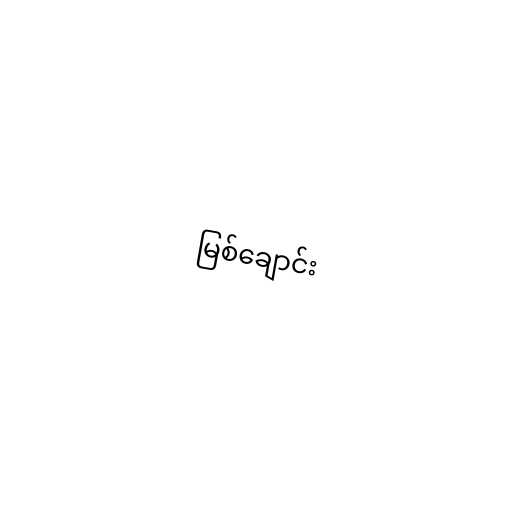
မြစ်ချောင်း